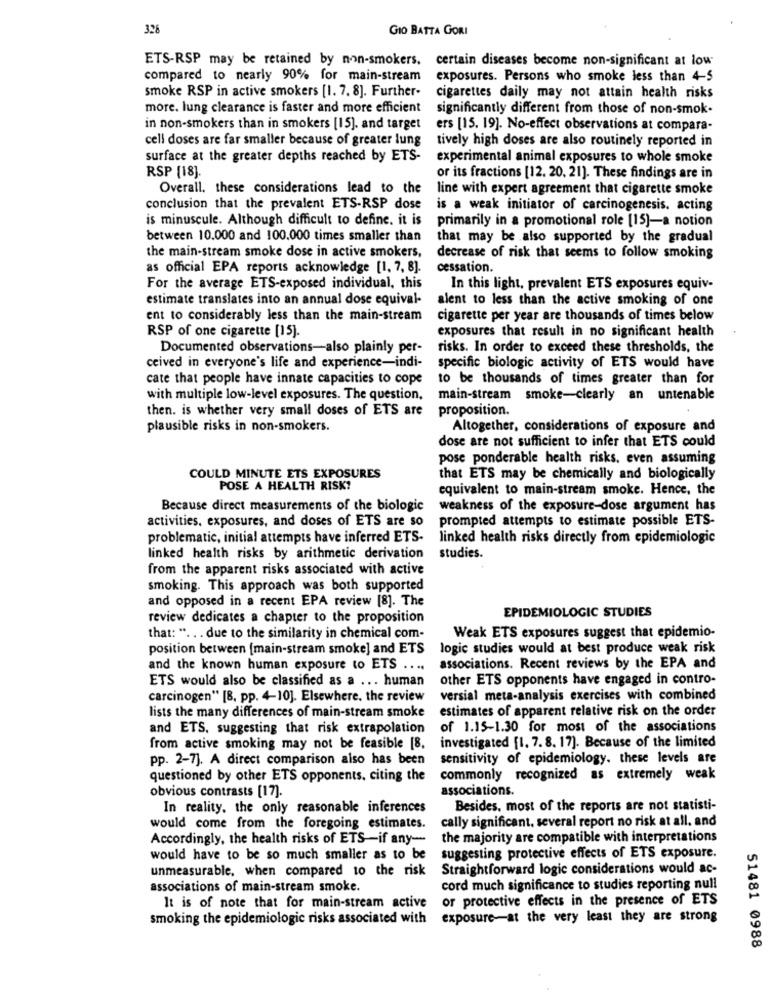
326
GIO BATTA GORI
ETS-RSP may be retained by non-smokers. certain diseases become non-significant at low
compared to nearly 90% for main-stream exposures. Persons who smoke less than 4-5
smoke RSP in active smokers [1. 7. 8]. Further-
cigarettes daily may not attain health risks
more. lung clearance is faster and more efficient
significantly different from those of non-smok-
in non-smokers than in smokers [15]. and target
ers [15. 19]. No-effect observations at compara-
cell doses are far smaller because of greater lung
tively high doses are also routinely reported in
surface at the greater depths reached by ETS-
experimental animal exposures to whole smoke
RSP [18].
or its fractions [12. 20, 21]. These findings are in
Overall, these considerations lead to the
line with expert agreement that cigarette smoke
conclusion that the prevalent ETS-RSP dose
is a weak initiator of carcinogenesis. acting
is minuscule. Although difficult to define. it is
primarily in a promotional role [15]-a notion
between 10.000 and 100.000 times smaller than
that may be also supported by the gradual
the main-stream smoke dose in active smokers,
decrease of risk that seems to follow smoking
as official EPA reports acknowledge [1, 7, 8].
cessation.
For the average ETS-exposed individual, this
In this light, prevalent ETS exposures equiv-
estimate translates into an annual dose equival-
alent to less than the active smoking of one
ent to considerably less than the main-stream
cigarette per year are thousands of times below
RSP of one cigarette [15].
exposures that result in no significant health
Documented observations-also plainly per-
risks. In order to exceed these thresholds, the
ceived in everyone's life and experience-indi-
specific biologic activity of ETS would have
cate that people have innate capacities to cope
to be thousands of times greater than for
with multiple low-level exposures. The question,
main-stream smoke-clearly an untenable
then. is whether very small doses of ETS are
proposition.
plausible risks in non-smokers.
Altogether, considerations of exposure and
dose are not sufficient to infer that ETS could
pose ponderable health risks. even assuming
COULD MINUTE ETS EXPOSURES
that ETS may be chemically and biologically
POSE A HEALTH RISK?
equivalent to main-stream smoke. Hence, the
Because direct measurements of the biologic
weakness of the exposure-dose argument has
activities. exposures, and doses of ETS are so
prompted attempts to estimate possible ETS-
problematic, initial attempts have inferred ETS-
linked health risks directly from epidemiologic
linked health risks by arithmetic derivation
studies.
from the apparent risks associated with active
smoking. This approach was both supported
and opposed in a recent EPA review [8]. The
review dedicates a chapter to the proposition
EPIDEMIOLOGIC STUDIES
that: " .. . due to the similarity in chemical com-
Weak ETS exposures suggest that epidemio-
position between [main-stream smoke] and ETS
logic studies would at best produce weak risk
and the known human exposure to ETS ....
associations. Recent reviews by the EPA and
ETS would also be classified as a ... human
other ETS opponents have engaged in contro-
carcinogen" [8, pp. 4-10]. Elsewhere, the review
versial meta-analysis exercises with combined
lists the many differences of main-stream smoke
estimates of apparent relative risk on the order
and ETS, suggesting that risk extrapolation
of 1.15-1.30 for most of the associations
from active smoking may not be feasible [8,
investigated [1. 7. 8. 17]. Because of the limited
Pp. 2-7]. A direct comparison also has been
sensitivity of epidemiology. these levels are
questioned by other ETS opponents, citing the
commonly recognized as extremely weak
obvious contrasts [17].
associations.
In reality. the only reasonable inferences
Besides, most of the reports are not statisti-
cally significant, several report no risk at all. and
would come from the foregoing estimates.
Accordingly, the health risks of ETS-if any-
the majority are compatible with interpretations
would have to be so much smaller as to be
suggesting protective effects of ETS exposure.
unmeasurable, when compared to the risk
Straightforward logic considerations would ac-
associations of main-stream smoke.
cord much significance to studies reporting null
or protective effects in the presence of ETS
It is of note that for main-stream active
smoking the epidemiologic risks associated with exposure-at the very least they are strong
51481 0988